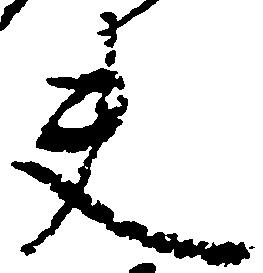
夫